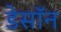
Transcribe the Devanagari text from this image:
डेसॉन